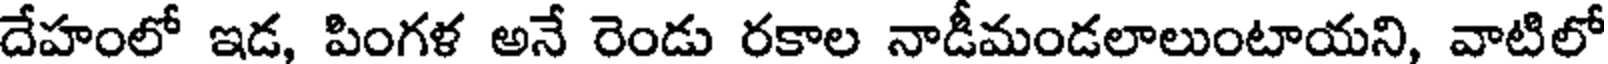
దేహంలో ఇడ, పింగళ అనే రెండు రకాల నాడీమండలాలుంటాయని, వాటిలో